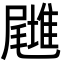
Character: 𡳪